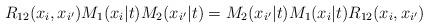
LaTeX: \begin{align*}R_{12}(x_i, x_{i^{\prime }})M_{1}(x_i|t)M_{2}(x_{i^{\prime }}|t)=M_{2}(x_{i^{\prime }}|t)M_{1}(x_i|t)R_{12}(x_i, x_{i^{\prime }})\end{align*}